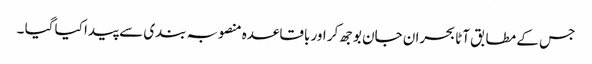
جس کے مطابق آٹا بحران جان بوجھ کر اور باقاعدہ منصوبہ بندی سے پیدا کیا گیا ۔